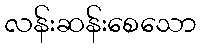
လန်းဆန်းစေသော